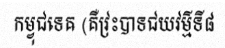
កម្វុជទេឝ (គឺវ្រះបាទជយវម៌្មទី៨